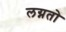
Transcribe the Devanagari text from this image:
लग्नतो